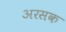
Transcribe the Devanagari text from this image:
अरसक